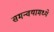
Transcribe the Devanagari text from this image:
समन्वयामध्ये